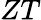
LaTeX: ZT